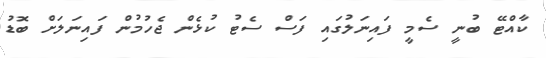
ކާއްޓޭ ބުނީ ސެމީ ފައިނަލުގައި ފަސް ސެޓު ކުޅެން ޖެހުމުން ފައިނަލަށް ބޮޑު